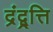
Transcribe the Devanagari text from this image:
द्रंद्व्रत्ति